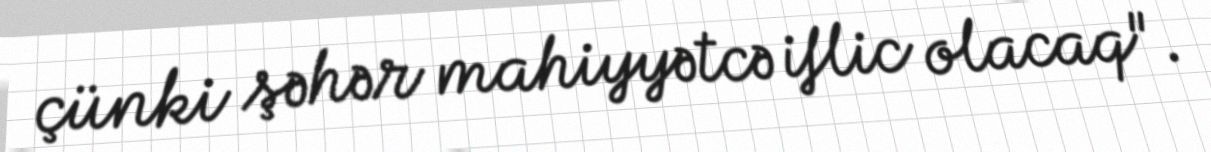
çünki şəhər mahiyyətcə iflic olacaq".